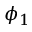
\phi _ { 1 }